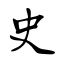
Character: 史